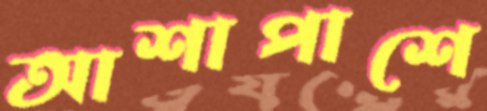
আশাপাশে